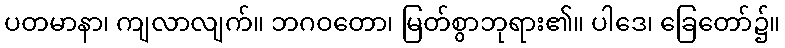
ပတမာနာ၊ ကျလာလျက်။ ဘဂဝတော၊ မြတ်စွာဘုရား၏။ ပါဒေ၊ ခြေတော်၌။